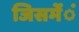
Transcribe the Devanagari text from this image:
जिसमेंंं